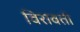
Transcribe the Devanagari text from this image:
विरावती